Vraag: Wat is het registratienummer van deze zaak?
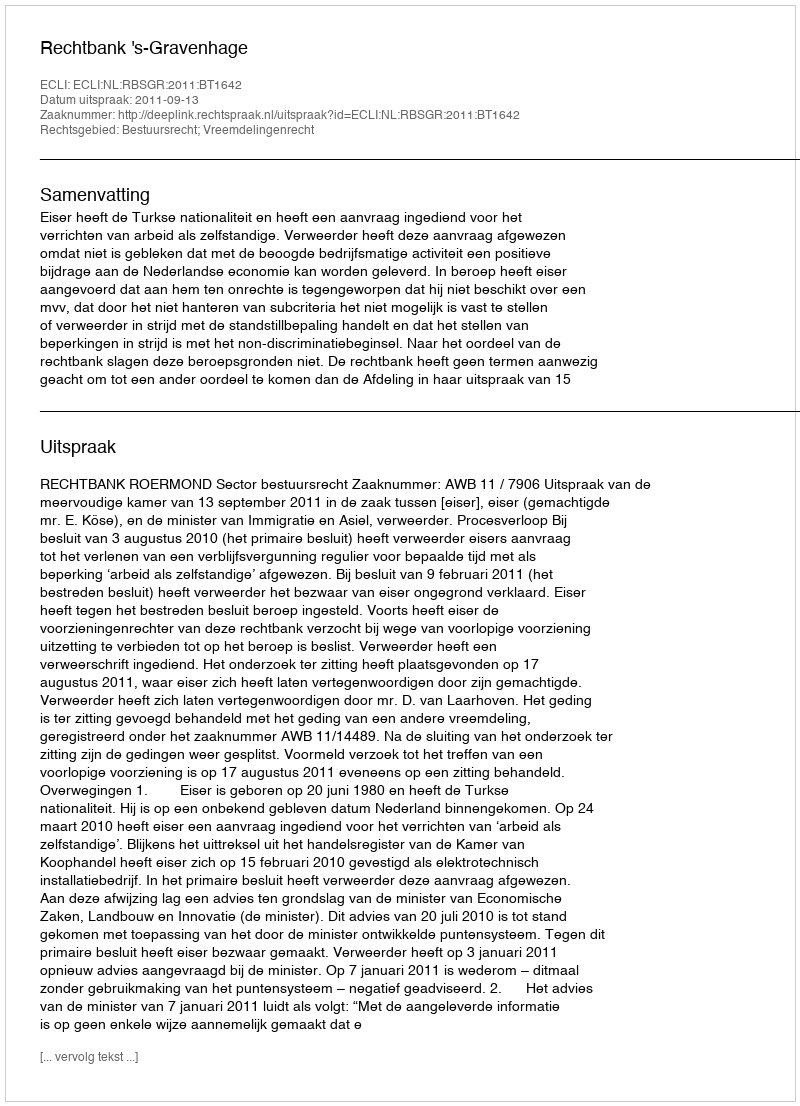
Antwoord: http://deeplink.rechtspraak.nl/uitspraak?id=ECLI:NL:RBSGR:2011:BT1642